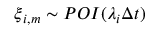
\boldsymbol { \xi } _ { i , m } \sim \mathop { P O I } ( \lambda _ { i } \Delta t )